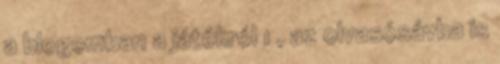
a blogomban a játékról 1 , az olvasósávba is